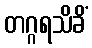
တဂ္ဂရသိခိံ